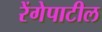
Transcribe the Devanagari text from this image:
रेंगेपाटील